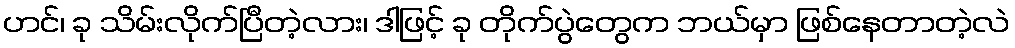
ဟင်၊ ခု သိမ်းလိုက်ပြီတဲ့လား၊ ဒါဖြင့် ခု တိုက်ပွဲတွေက ဘယ်မှာ ဖြစ်နေတာတဲ့လဲ